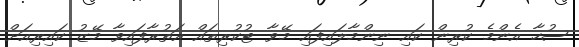
ސުހާ އެންމެ ކުރިން ކައި ނިންމާލައިފައި މޭވާ ޓުކުރިތައް އަތުރާފައިވާ މޭޒު ކައިރިއަށް